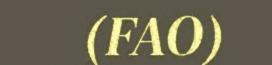
(FAO)